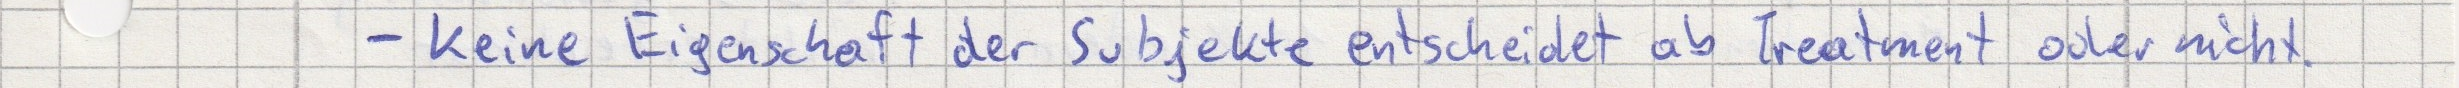
- keine Eigenschaft der Subjekte entscheidet ob Treatment oder nicht.